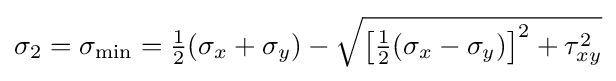
\sigma _{2}=\sigma _{\mathrm {min} }={\tfrac {1}{2}}(\sigma _{x}+\sigma _{y})-{\sqrt {\left[{\tfrac {1}{2}}(\sigma _{x}-\sigma _{y})\right]^{2}+\tau _{xy}^{2}}}\,\!